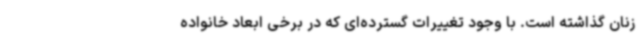
زنان گذاشته است. با وجود تغییرات گسترده‌ای که در برخی ابعاد خانواده